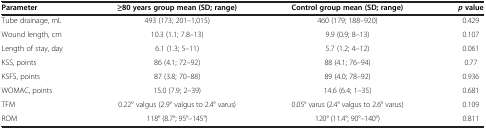
| Parameter | ≥80 years group mean (SD; range) | Control group mean (SD; range) | pvalue |
 | --- | --- | --- | --- |
 | Tube drainage, mL | 493 (173; 201–1,015) | 460 (179; 188–920) | 0.429 |
 | Wound length, cm | 10.3 (1.1; 7.8–13) | 9.9 (0.9; 8–13) | 0.107 |
 | Length of stay, day | 6.1 (1.3; 5–11) | 5.7 (1.2; 4–12) | 0.061 |
 | KSS, points | 86 (4.1; 72–92) | 88 (4.1; 76–94) | 0.77 |
 | KSFS, points | 87 (3.8; 70–88) | 89 (4.0; 78–92) | 0.936 |
 | WOMAC, points | 15.0 (7.9; 2–39) | 14.6 (6.4; 1–35) | 0.681 |
 | TFM | 0.22° valgus (2.9° valgus to 2.4° varus) | 0.05° varus (2.4° valgus to 2.6° varus) | 0.109 |
 | ROM | 118° (8.7°; 95°–145°) | 120° (11.4°; 90°–140°) | 0.811 |